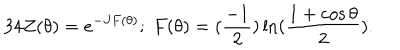
LaTeX: 3 4 Z ( \theta ) = e ^ { - J F ( \theta ) } ; \; F ( \theta ) = ( \frac { - 1 } { 2 } ) \ln ( \frac { 1 + \cos \theta } { 2 } ) .